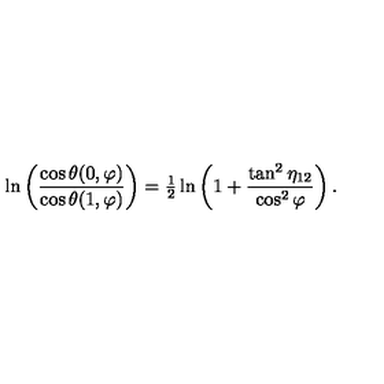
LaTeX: \ln \left( \frac { \cos \theta ( 0 , \varphi ) } { \cos \theta ( 1 , \varphi ) } \right) = { \textstyle { \frac { 1 } { 2 } } } \ln \left( 1 + \frac { \tan ^ { 2 } \eta _ { 1 2 } } { \cos ^ { 2 } \varphi } \right) .